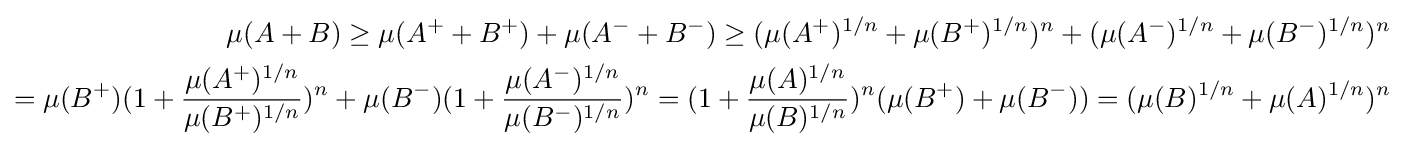
{\begin{aligned}\mu (A+B)\geq \mu (A^{+}+B^{+})+\mu (A^{-}+B^{-})\geq (\mu (A^{+})^{1/n}+\mu (B^{+})^{1/n})^{n}+(\mu (A^{-})^{1/n}+\mu (B^{-})^{1/n})^{n}\\=\mu (B^{+})(1+{\frac {\mu (A^{+})^{1/n}}{\mu (B^{+})^{1/n}}})^{n}+\mu (B^{-})(1+{\frac {\mu (A^{-})^{1/n}}{\mu (B^{-})^{1/n}}})^{n}=(1+{\frac {\mu (A)^{1/n}}{\mu (B)^{1/n}}})^{n}(\mu (B^{+})+\mu (B^{-}))=(\mu (B)^{1/n}+\mu (A)^{1/n})^{n}\end{aligned}}